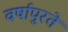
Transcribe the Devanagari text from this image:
वर्षापुरते